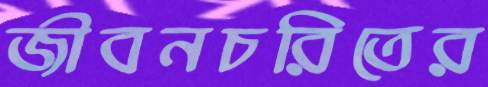
জীবনচরিতের